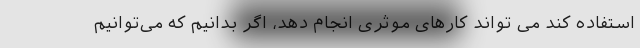
استفاده کند می تواند کارهای موثری انجام دهد، اگر بدانیم که می‌توانیم